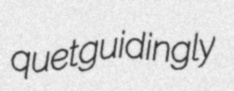
quet guidingly